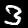
Digit: 3